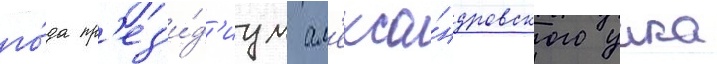
го́да пр'ез'и́д'иум ал'екса́ндровского уика